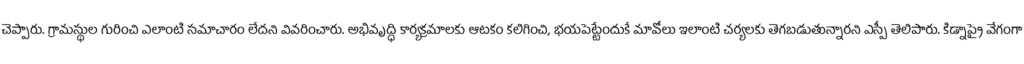
చెప్పారు. గ్రామస్థుల గురించి ఎలాంటి సమాచారం లేదని వివరించారు. అభివృద్ధి కార్యక్రమాలకు ఆటకం కలిగించి, భయపెట్టేందుకే మావోలు ఇలాంటి చర్యలకు తెగబడుతున్నారని ఎస్పీ తెలిపారు. కిడ్నాప్పై వేగంగా